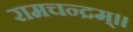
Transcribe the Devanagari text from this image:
रामचन्द्रम्॥